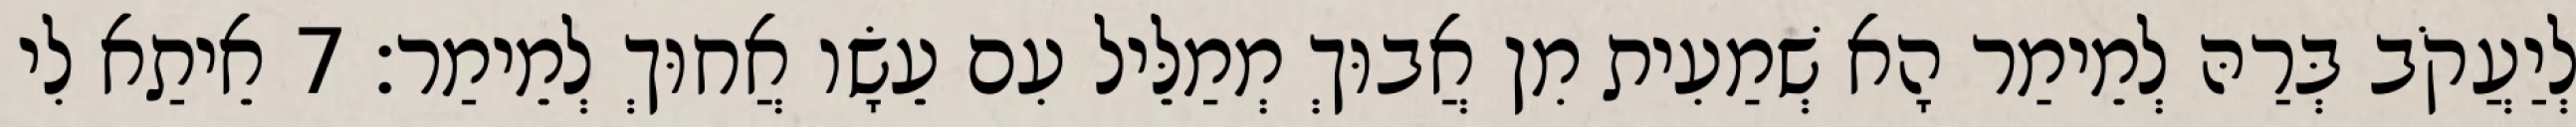
לְיַעֲקֹב בְּרַהּ לְמֵימַר הָא שְׁמַעִית מִן אֲבוּךְ מְמַלֵּיל עִם עֵשָׂו אֲחוּךְ לְמֵימַר׃ 7 אֵיתַא לִי